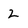
Character: Z